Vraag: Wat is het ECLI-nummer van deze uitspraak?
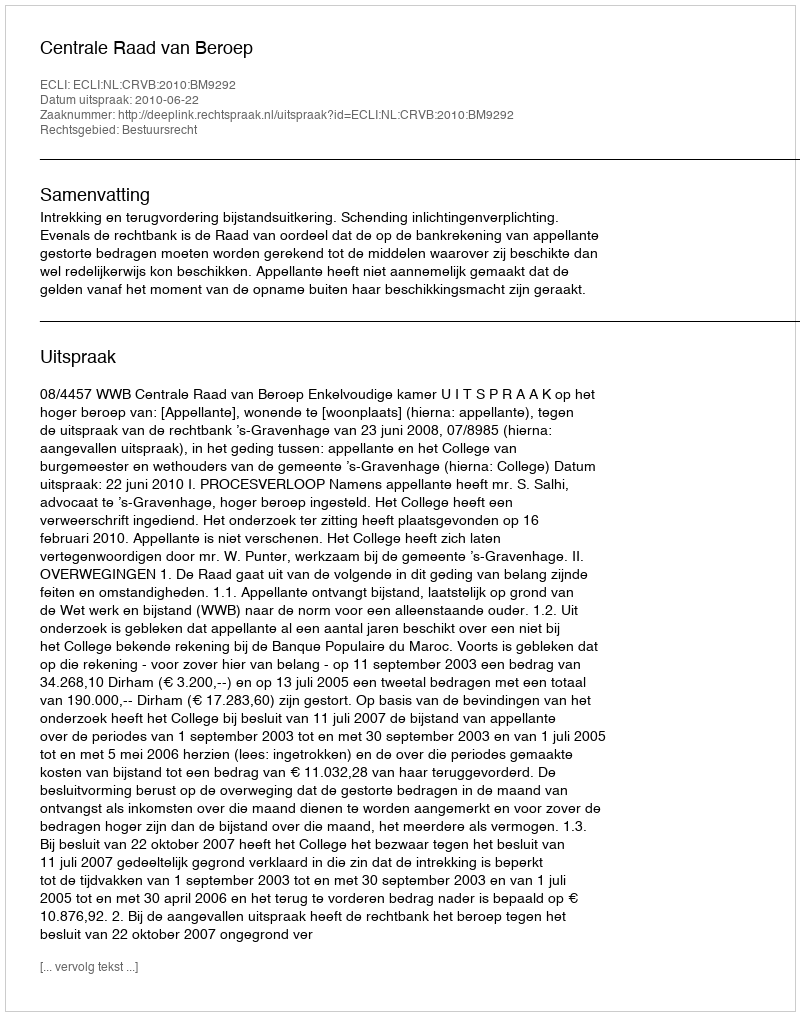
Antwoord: ECLI:NL:CRVB:2010:BM9292